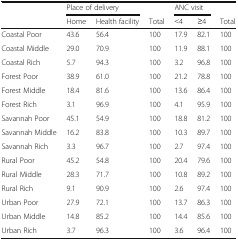
<table><thead><tr><td></td><td colspan="2"><b>Place of delivery</b></td><td></td><td colspan="2"><b>ANC visit</b></td><td></td></tr><tr><td></td><td><b>Home</b></td><td><b>Health facility</b></td><td><b>Total</b></td><td><b>˂4</b></td><td><b>≥4</b></td><td><b>Total</b></td></tr></thead><tbody><tr><td>Coastal Poor</td><td>43.6</td><td>56.4</td><td>100</td><td>17.9</td><td>82.1</td><td>100</td></tr><tr><td>Coastal Middle</td><td>29.0</td><td>70.9</td><td>100</td><td>11.9</td><td>88.1</td><td>100</td></tr><tr><td>Coastal Rich</td><td>5.7</td><td>94.3</td><td>100</td><td>3.2</td><td>96.8</td><td>100</td></tr><tr><td>Forest Poor</td><td>38.9</td><td>61.0</td><td>100</td><td>21.2</td><td>78.8</td><td>100</td></tr><tr><td>Forest Middle</td><td>18.4</td><td>81.6</td><td>100</td><td>13.6</td><td>86.4</td><td>100</td></tr><tr><td>Forest Rich</td><td>3.1</td><td>96.9</td><td>100</td><td>4.1</td><td>95.9</td><td>100</td></tr><tr><td>Savannah Poor</td><td>45.1</td><td>54.9</td><td>100</td><td>18.8</td><td>81.2</td><td>100</td></tr><tr><td>Savannah Middle</td><td>16.2</td><td>83.8</td><td>100</td><td>10.3</td><td>89.7</td><td>100</td></tr><tr><td>Savannah Rich</td><td>3.3</td><td>96.7</td><td>100</td><td>2.7</td><td>97.4</td><td>100</td></tr><tr><td>Rural Poor</td><td>45.2</td><td>54.8</td><td>100</td><td>20.4</td><td>79.6</td><td>100</td></tr><tr><td>Rural Middle</td><td>28.3</td><td>71.7</td><td>100</td><td>10.8</td><td>89.2</td><td>100</td></tr><tr><td>Rural Rich</td><td>9.1</td><td>90.9</td><td>100</td><td>2.6</td><td>97.4</td><td>100</td></tr><tr><td>Urban Poor</td><td>27.9</td><td>72.1</td><td>100</td><td>13.7</td><td>86.3</td><td>100</td></tr><tr><td>Urban Middle</td><td>14.8</td><td>85.2</td><td>100</td><td>14.4</td><td>85.6</td><td>100</td></tr><tr><td>Urban Rich</td><td>3.7</td><td>96.3</td><td>100</td><td>3.6</td><td>96.4</td><td>100</td></tr></tbody></table>